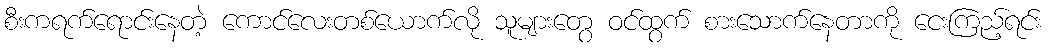
စီးကရက်ရောင်းနေတဲ့ ကောင်လေးတစ်ယောက်လို သူများတွေ ဝင်ထွက် စားသောက်နေတာကို ငေးကြည့်ရင်း